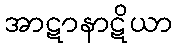
အာဋာနာဋိယာ